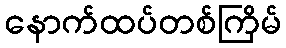
နောက်ထပ်တစ်ကြိမ်